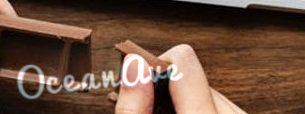
OceanAve